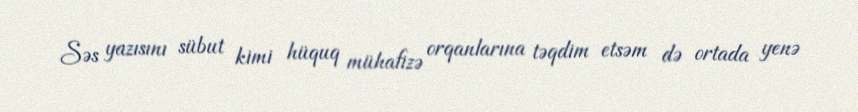
Səs yazısını sübut kimi hüquq mühafizə orqanlarına təqdim etsəm də ortada yenə